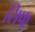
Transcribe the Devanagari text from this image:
सिफ्र्